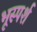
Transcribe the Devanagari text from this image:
भूस्पर्श